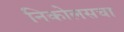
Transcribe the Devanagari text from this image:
निकोलसचा